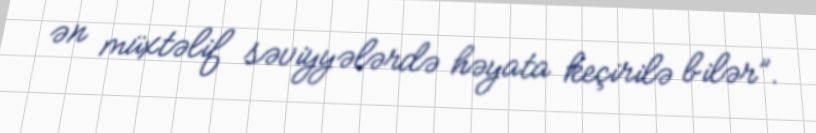
ən müxtəlif səviyyələrdə həyata keçirilə bilər”.